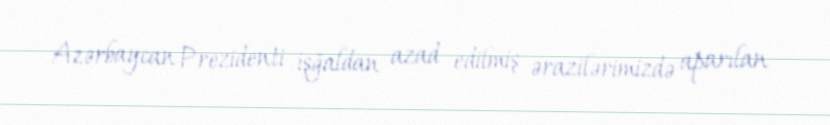
Azərbaycan Prezidenti işğaldan azad edilmiş ərazilərimizdə aparılan